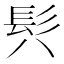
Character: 𩫵